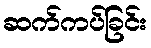
ဆက်ကပ်ခြင်း